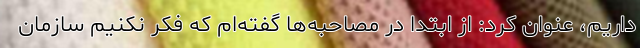
داریم، عنوان کرد: از ابتدا در مصاحبه‌ها گفته‌ام که فکر نکنیم سازمان